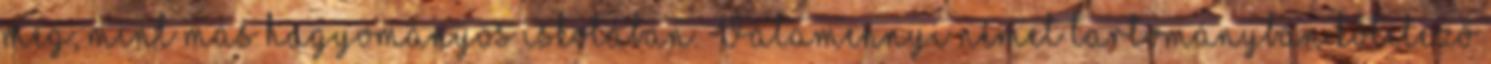
meg, mint más hagyományos iskolában. Valamennyi német tartományban kötelező